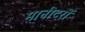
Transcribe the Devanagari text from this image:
मानीटरों